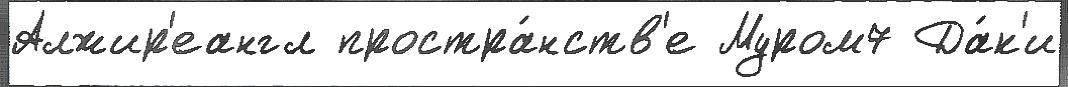
Алжир'еангл простра́нств'е Муром7 Да́к'и